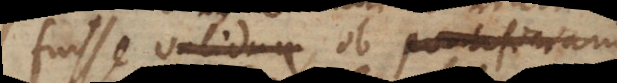
fuisse validum ob pontificiam